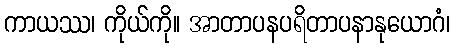
ကာယဿ၊ ကိုယ်ကို။ အာတာပနပရိတာပနာနုယောဂံ၊